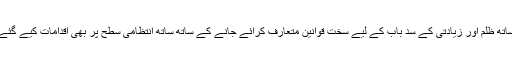
حکومت کی طرف سے پنچایتی فیصلوں کے تحت خواتین کے ساتھ ظلم اور زیادتی کے سدِ باب کے لیے سخت قوانین متعارف کرائے جانے کے ساتھ ساتھ انتظامی سطح پر بھی اقدامات کیے گئے ہیں لیکن اس کے باوجود ایسے واقعات رونما ہوتے رہتے ہیں۔